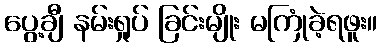
ပွေ့ချီ နမ်းရှုပ် ခြင်းမျိုး မကြုံခဲ့ရဖူး။